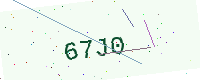
Text: 67J0